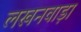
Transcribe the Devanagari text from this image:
लखनवाड़ा